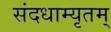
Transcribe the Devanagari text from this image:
संदधाम्यृतम्